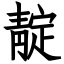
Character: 靛